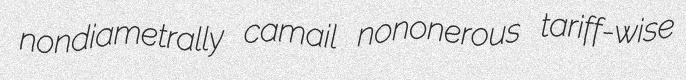
nondiametrally camail nononerous tariff-wise